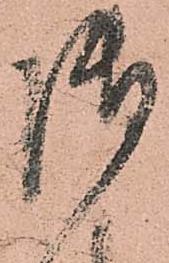
御